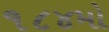
૧૮૪મો